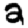
Digit: 2